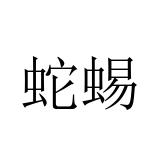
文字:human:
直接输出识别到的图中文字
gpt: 蛇蜴